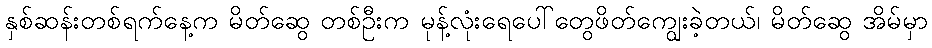
နှစ်ဆန်းတစ်ရက်နေ့က မိတ်ဆွေ တစ်ဦးက မုန့်လုံးရေပေါ်တွေဖိတ်ကျွေးခဲ့တယ်၊ မိတ်ဆွေ အိမ်မှာ